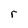
Character: r